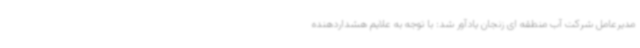
مدیرعامل شرکت آب منطقه ای زنجان یادآور شد: با توجه به علایم هشداردهنده